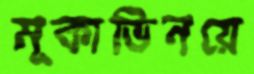
মূকাভিনয়ে